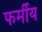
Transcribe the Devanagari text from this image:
फर्मीय